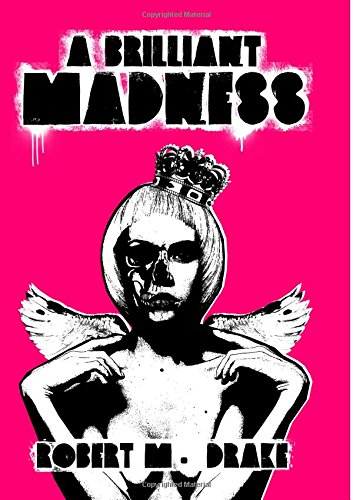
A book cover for A Brilliant Madness; Robert M Drake; Literature & Fiction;